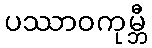
ပဿာဝကုမ္ဘီ